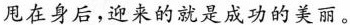
甩在身后，迎来的就是成功的美丽。